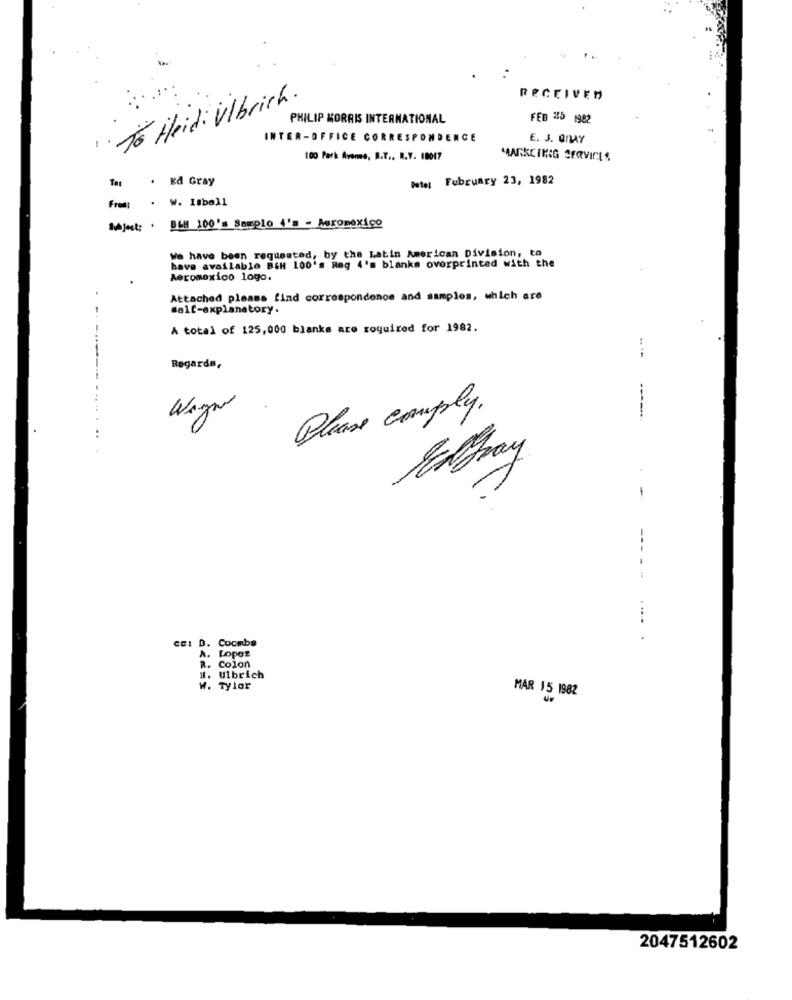
" . Jo Heid: Ulbrich .
RECEIVED
PHILIP MORRIS INTERNATIONAL
FEB 25 1982
INT
R-OFFICE CORRESPONDENCE
E. J. enAY
100 Park Avenue, B.T ., N.Y. 18017
MAARKCIKIG SERVICES
Ed Gray
hate: February 23, 1982
W. Isball
Mjust: . BEM 100's Samplo 4's - Aeromexico
We have been requested, by the Latin American Division, to
have available BEH 100's Reg 4's blanks overprinted with the
Aeromexico logo.
Attached please find correspondence and samples, which are
self-explanatory.
- -
A total of 125,000 blanks are roquired for 1982.
Regards,
--
Wayne
Please comply.
cc: D. Coombs
A. Lopez
R. Colon
#. Ulbrich
W. Tylar
MAR 15 1982
2047512602